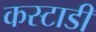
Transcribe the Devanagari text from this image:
कस्टाडी